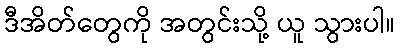
ဒီအိတ်တွေကို အတွင်းသို့ ယူ သွားပါ။